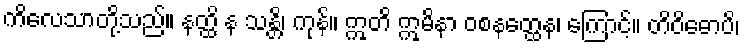
ကိလေသာတို့သည်။ နတ္ထိ န သန္တိ၊ ကုန်။ ဣတိ ဣမိနာ ဝစနတ္ထေန၊ ကြောင့်။ တိဝိဓောပိ၊